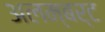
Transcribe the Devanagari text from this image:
अलम्बर्ट